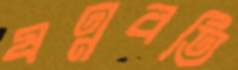
ষণ্ণবতি